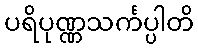
ပရိပုဏ္ဏသင်္ကပ္ပါတိ